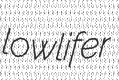
lowlifer